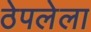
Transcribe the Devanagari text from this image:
ठेपलेला